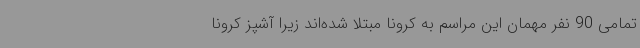
تمامی 90 نفر مهمان این مراسم به کرونا مبتلا شده‌اند زیرا آشپز کرونا